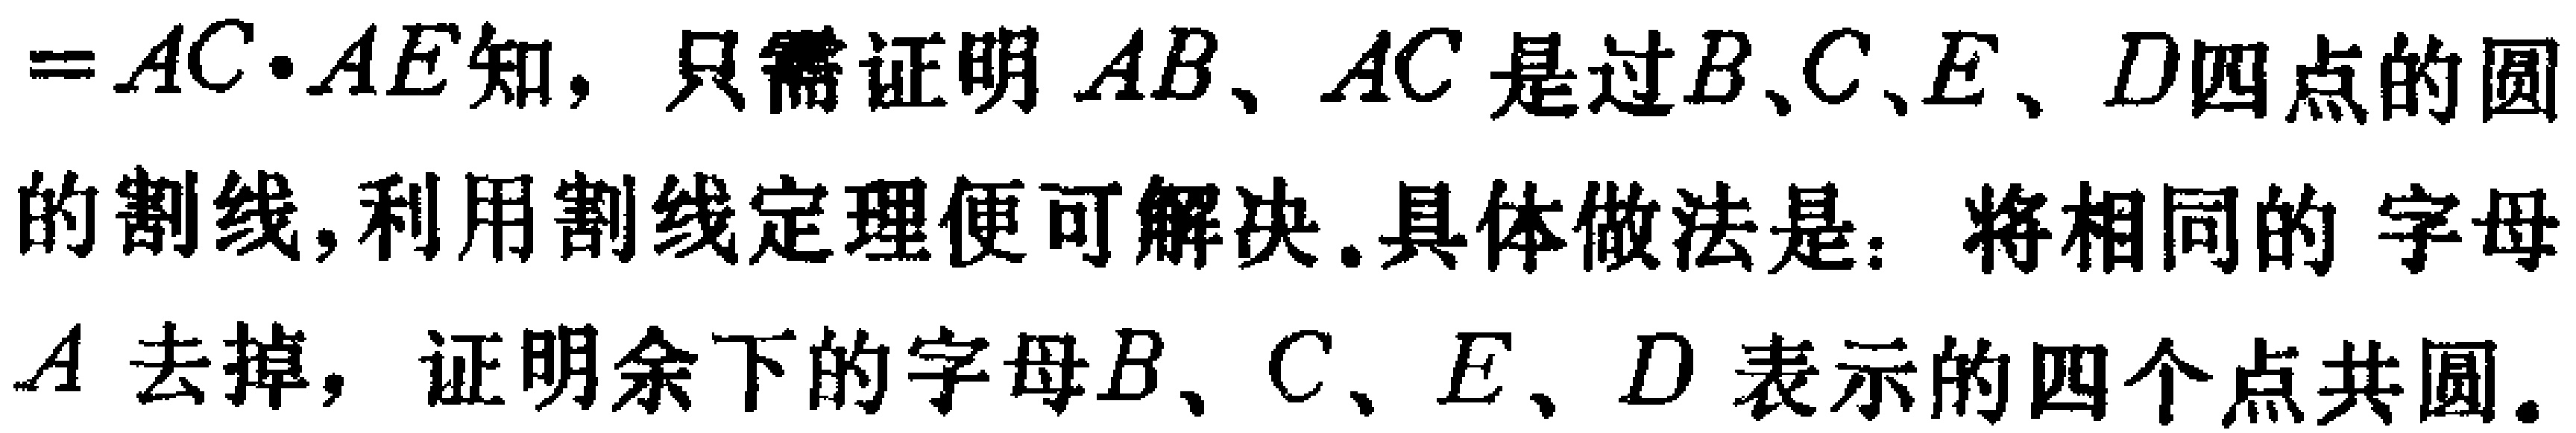
$=AC\cdot AE知，只需证明AB、AC是过B、C、E、D四点的圆的割线,利用割线定理便可解决.具体做法是：将相同的 字母A去掉，证明余下的字母B、C、E、D表示的四个点共圆.$